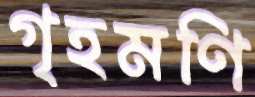
গৃহমণি